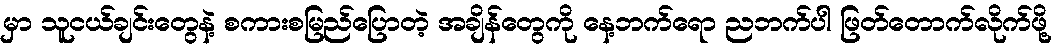
မှာ သူငယ်ချင်းတွေနဲ့ စကားစမြည်ပြောတဲ့ အချိန်တွေကို နေ့ဘက်ရော ညဘက်ပါ ဖြတ်တောက်လိုက်ဖို့